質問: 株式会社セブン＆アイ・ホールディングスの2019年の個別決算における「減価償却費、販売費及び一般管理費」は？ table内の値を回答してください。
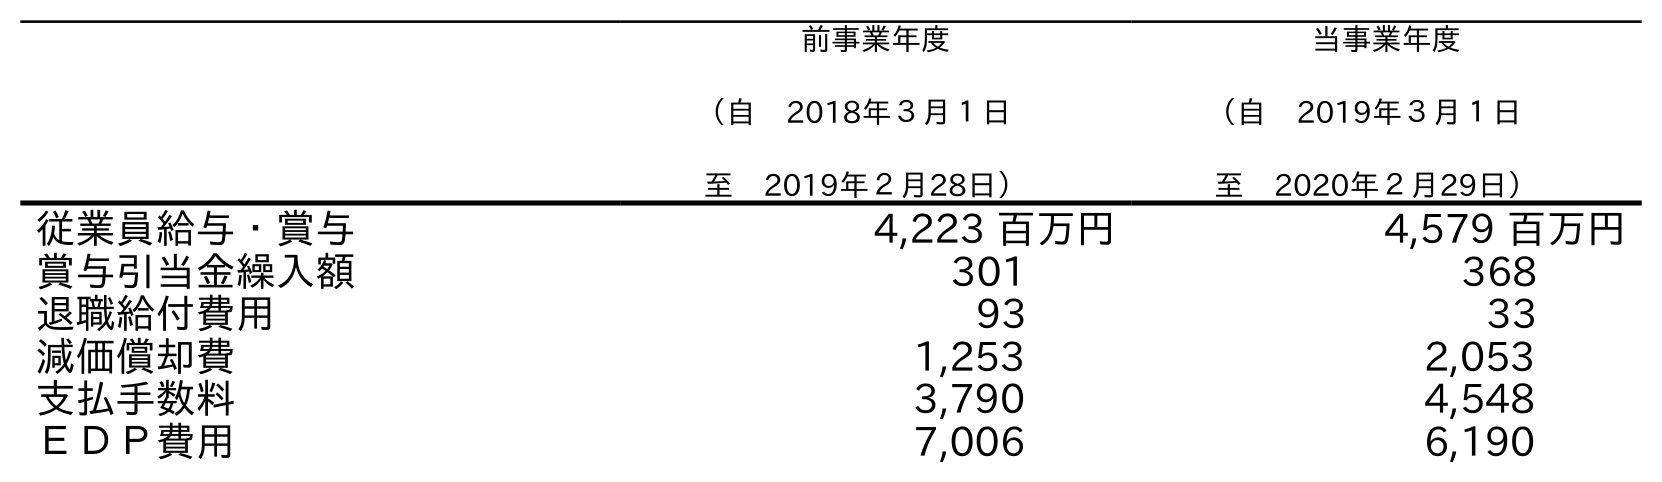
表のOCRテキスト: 前事業年度 （自 2018年３月１日 至 2019年２月28日） 当事業年度 （自 2019年３月１日 至 2020年２月29日） 従業員給与・賞与 4,223 百万円 4,579 百万円 賞与引当金繰入額 301 368 退職給付費用 93 33 減価償却費 1,253 2,053 支払手数料 3,790 4,548 ＥＤＰ費用 7,006 6,190
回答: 1,253